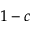
1 - c